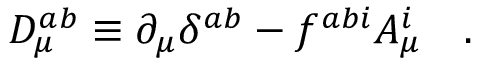
D _ { \mu } ^ { a b } \equiv \partial _ { \mu } \delta ^ { a b } - f ^ { a b i } A _ { \mu } ^ { i } \, \, \, \, \, \, .